system: You are a helpful assistant.
user:
Analyze the provided spectrum to determine if it is a **S-type Star**.

- **Key Indicators for S-type Star:**

    - **(Overall Spectrum Shape):** The first and most obvious characteristic is the overall continuum (the "baseline" shape). It is **extremely "red-sloping,"** meaning the flux (light intensity) is very low on the left side (blue, ~4000-4500 Å) and rises steeply and continuously toward the right side (red, ~7000 Å+).

    - **(Primary):** The spectrum is defined by the presence of strong, broad molecular absorption "valleys" (bands) from **Zirconium Oxide (ZrO)**. The identification of these bands is the **primary requirement** for classifying a star as S-type.
        - **(Key Bandheads):** You must find distinct, deep "dips" where the light has been absorbed. The most critical band systems to locate are:
            - **~6474 Å** ($\gamma$-system): This is often the strongest and clearest ZrO feature, found in the red part of the spectrum.
            - **~5718 Å** & **~5551 Å** ($\beta$-system): A pair of prominent absorption features in the yellow-orange part of the spectrum.
            - **~4640 Å** ($\alpha$-system): A key absorption band system in the blue-green region of the spectrum.

    - **(Secondary Confirmation):** The classification is strengthened by finding additional absorption bands from other related heavy element oxides, which are expected to be present alongside ZrO.
        - **(Key Bandheads):**
            - **Yttrium Oxide (YO):** Look for absorption dips near **~4800 Å** and **~6100 Å**.
            - **Lanthanum Oxide (LaO):** Additional absorption features, particularly in the red-orange part of the spectrum, are also characteristic.

    - **(Line Profile):** The combination of the steep red continuum and these numerous, deep molecular bands (ZrO, YO, etc.) gives the entire spectrum a very **"chopped-up"** or **"bumpy"** appearance. Instead of a smooth curve, the spectrum looks as though large, wide chunks of light have been "carved out" of it at the specific wavelengths listed above.

Think first, call **spectral_visualization_tool** if needed to examine features in detail, then provide your final answer. Your response must adhere to the following strict rules:
1.  **Overall Structure:** Your response must follow the format `<think>...</think> <tool_call>...</tool_call> (if a tool is used) <answer>...</answer>`.
2.  **Tool Usage Constraint:** You may only make **one** tool call per turn.
3.  **Final Answer Format:** In the `<answer>` tag, your conclusion must be inside a `\boxed{}` command (e.g., `\boxed{YES}` or `\boxed{NO}`), followed by your justification.

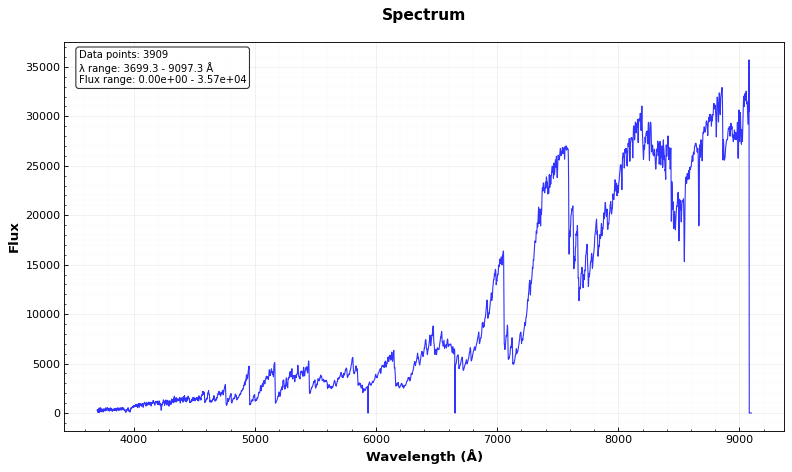
Answer: YES